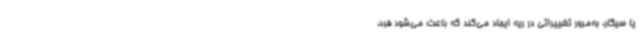
یا سیگار، به‌مرور تغییراتی در ریه ایجاد می‌کند که باعث می‌شود فرد،